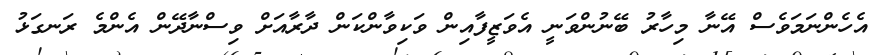
އެހެންނަމަވެސް އޭނާ މިހާރު ބޭނުންވަނީ އެވަޒީފާއިން ވަކިވާންކަން ދާރާއަށް ވިސްނާދޭން އެންމެ ރަނގަޅު